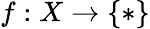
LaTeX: f:X\to\{ *\}